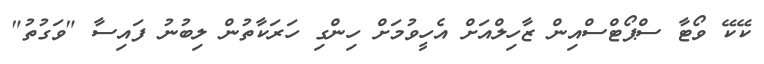
ކޭކޭ ވޯޓާ ސްޕޯޓްސްއިން ޒާހިލްއަށް އެހީވުމަށް ހިންގި ހަރަކާތުން ލިބުނު ފައިސާ "ވަގުތު"